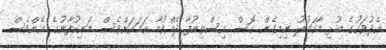
އެދުވަހުގެ މުޅި މާހައުލު ނިމިގެން ގޮސް އިސްތިއުފާ ދެއްވުމާ ހަމައަށްވެސް މަނިކުފާނުގެ އެއްވެސް